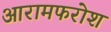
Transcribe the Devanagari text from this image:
आरामफरोश